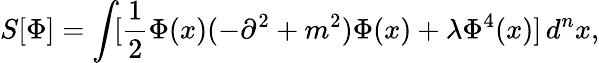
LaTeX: S[\Phi]=\int\! [\frac{1}{2}\Phi(x)(-\partial^{2}+m^{2})\Phi(x)+\lambda\Phi^{4}(x)]\, d^{n}x,